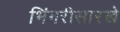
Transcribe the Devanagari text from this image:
भिंगरीसारखे